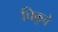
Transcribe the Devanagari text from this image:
चिकूचे